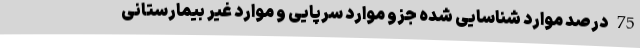
75 درصد موارد شناسایی شده جزو موارد سرپایی و موارد غیر بیمارستانی